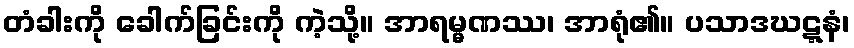
တံခါးကို ခေါက်ခြင်းကို ကဲ့သို့။ အာရမ္မဏဿ၊ အာရုံ၏။ ပသာဒဃဋ္ဋနံ၊